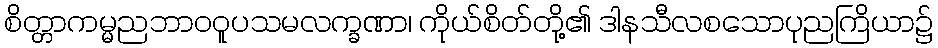
စိတ္တာကမ္မညဘာဝဝူပသမလက္ခဏာ၊ ကိုယ်စိတ်တို့၏ ဒါနသီလစသောပုညကြိယာ၌